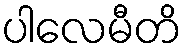
ပါလေမီတိ